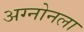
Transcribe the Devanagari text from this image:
अग्नोनला